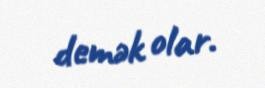
demək olar.